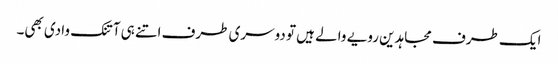
ایک طرف مجاہدین رویے والے ہیں تو دوسری طرف اتنے ہی آتنک وادی بھی۔